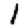
Digit: 1